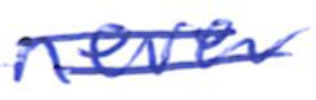
Text: never
Cross-out: mix
Writing tool: ballpoint